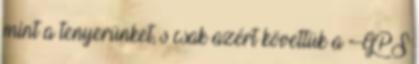
mint a tenyerünket, s csak azért követtük a GPS